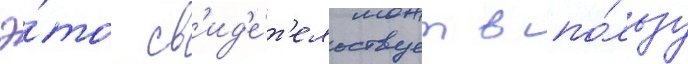
Э́то св'ид'е́т'ельствует в по́льзу